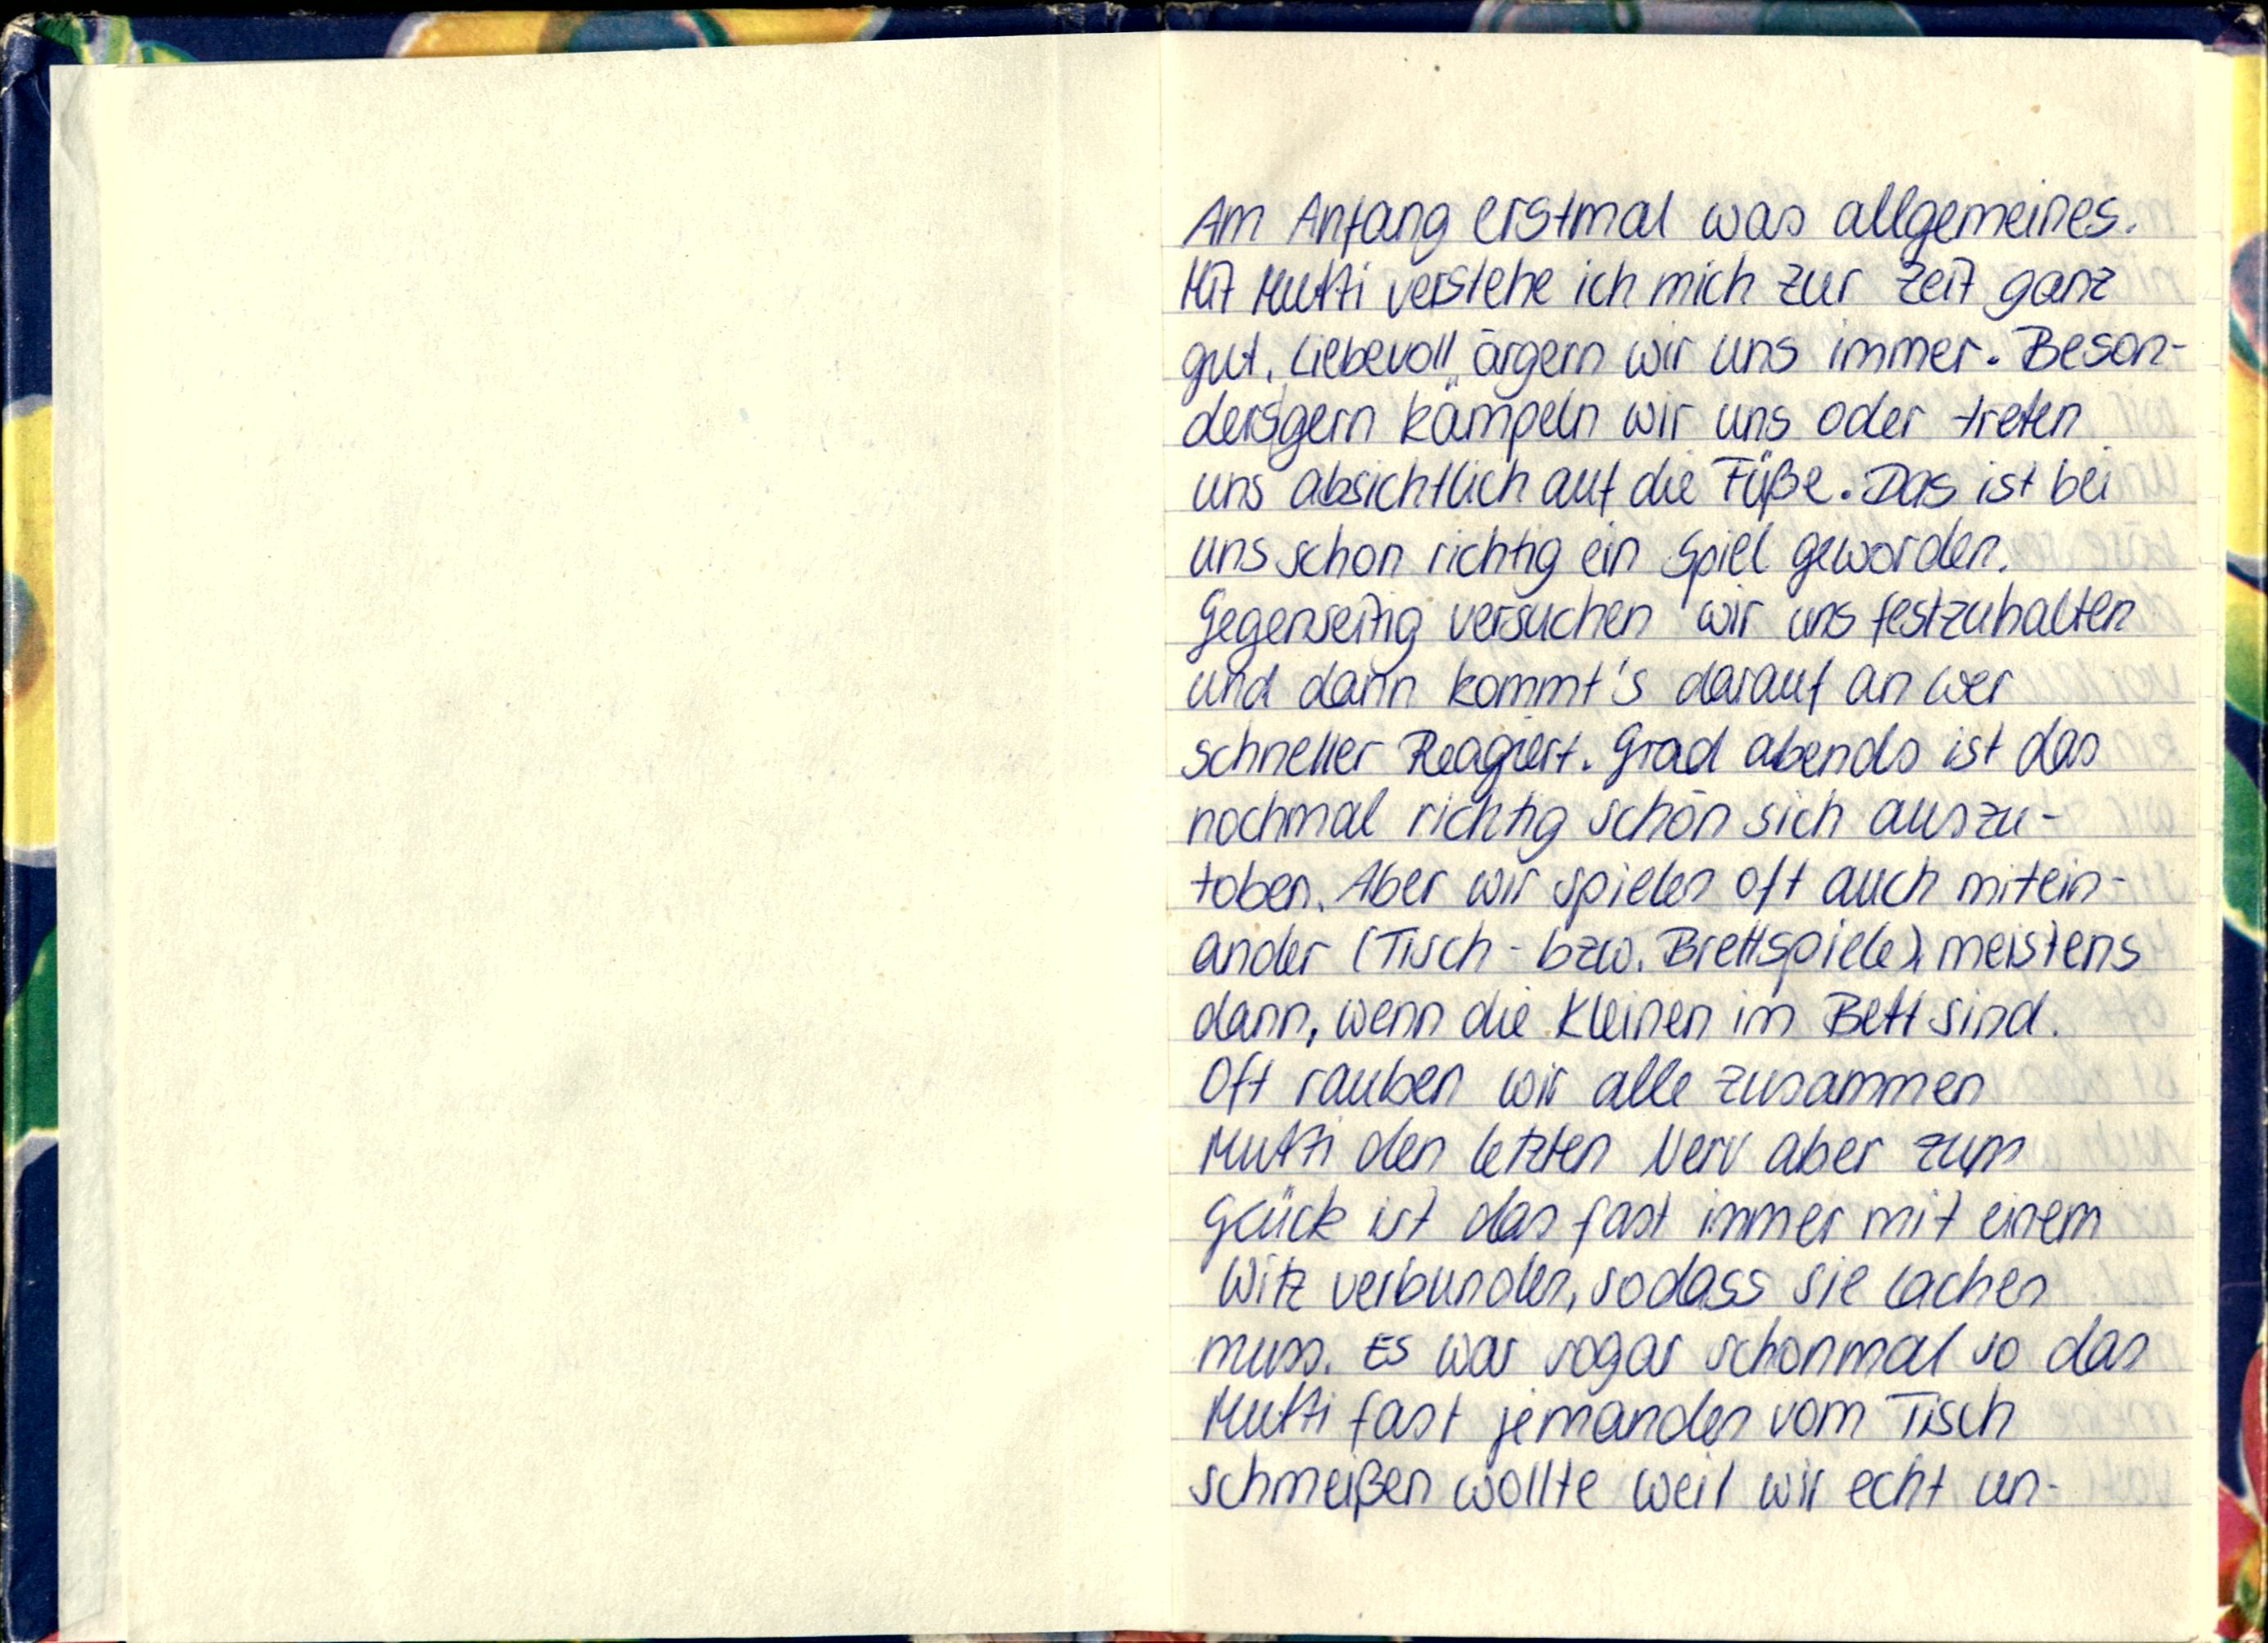
Am Anfang erstmal was allgemeines.
Mit Mutti verstehe ich mich zur Zeit ganz
gut. Liebevoll ärgern wir uns immer. Beson-
ders gern kämpeln wir uns oder treten
uns absichtlich auf die Füße. Das ist bei
uns schon richtig ein Spiel geworden.
Gegenseitig versuchen wir uns festzuhalten
und dann kommt's darauf an wer
schneller Reagiert. Grad abends ist das
nochmal richtig schön sich auszu-
toben. Aber wir spielen oft auch mitein-
ander (Tisch- bzw. Brettspiele), meistens
dann, wenn die Kleinen im Bett sind.
Oft rauben wir alle zusammen
Mutti den letzten Nerv aber zum
Glück ist das fast immer mit einem
Witz verbunden, sodass sie lachen
muss. Es war sogar schonmal so das
Mutti fast jemanden vom Tisch
schmeißen wollte weil wir echt un-